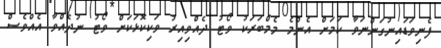
ފެނިވަޑައިނުގަންނަވާ ކަމަށް އެންމެ މެމްބަރަކު ވޯޓު ދެއްވިއިރު ވަކިކޮޅަކަށް ވޯޓު ނުދެއްވާ އެއްވެސް